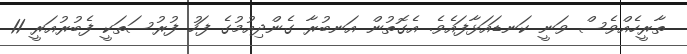
ތާރީހެއްވެސް ވަނީ ކަނޑައަޅާފައެވެ. އެގޮތުން އަނބުރާ ގެންދިއުމުގެ ފަހު ފުރުސަތަކީ ފެބުރުއަރީ 11